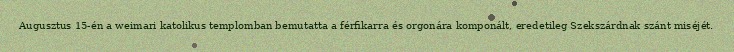
Augusztus 15-én a weimari katolikus templomban bemutatta a férfikarra és orgonára komponált, eredetileg Szekszárdnak szánt miséjét.